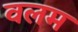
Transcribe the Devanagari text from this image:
वलम